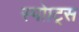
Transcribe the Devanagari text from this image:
स्पोाट्स